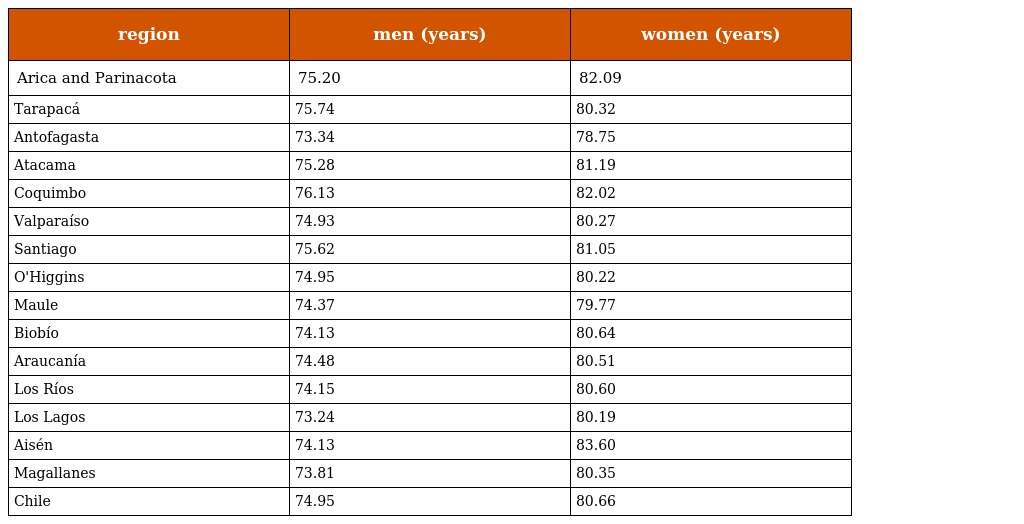
| region | men (years) | women (years) |
 | --- | --- | --- |
 | Arica and Parinacota | 75.20 | 82.09 |
 | Tarapacá | 75.74 | 80.32 |
 | Antofagasta | 73.34 | 78.75 |
 | Atacama | 75.28 | 81.19 |
 | Coquimbo | 76.13 | 82.02 |
 | Valparaíso | 74.93 | 80.27 |
 | Santiago | 75.62 | 81.05 |
 | O'Higgins | 74.95 | 80.22 |
 | Maule | 74.37 | 79.77 |
 | Biobío | 74.13 | 80.64 |
 | Araucanía | 74.48 | 80.51 |
 | Los Ríos | 74.15 | 80.60 |
 | Los Lagos | 73.24 | 80.19 |
 | Aisén | 74.13 | 83.60 |
 | Magallanes | 73.81 | 80.35 |
 | Chile | 74.95 | 80.66 |